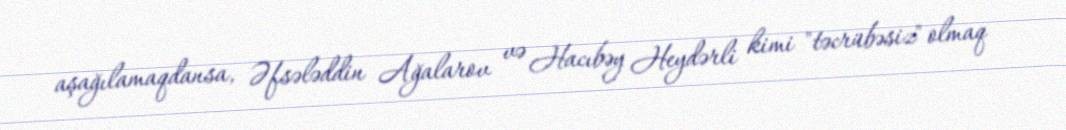
aşağılamaqdansa, Əfsələddin Ağalarov və Hacıbəy Heydərli kimi "təcrübəsiz" olmaq